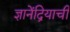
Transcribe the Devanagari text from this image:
ज्ञानेंद्रियाची